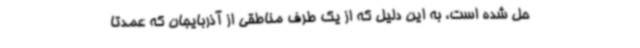
حل شده است، به این دلیل که از یک طرف مناطقی از آذربایجان که عمدتاً